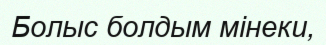
Болыс болдым мінеки,